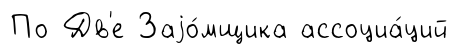
По Дв'е Заjо́мщика ассоциа́ций